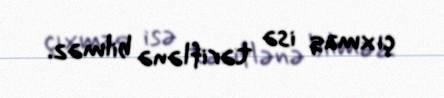
çıxmaq isə təriflənə bilməz.